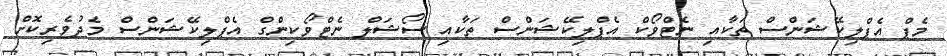
މެޕް އެޕްލިކޭޝަންސް ތަކާއި ނެޓްވޯކް އެޕްލިކޭޝަންސް ތަކާއި ސޯޝަލް ނެޓްވޯކިންގް އެޕްލިކޭޝަންސް މެދުވެރިކޮށް